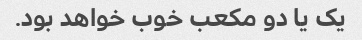
یک یا دو مکعب خوب خواهد بود.